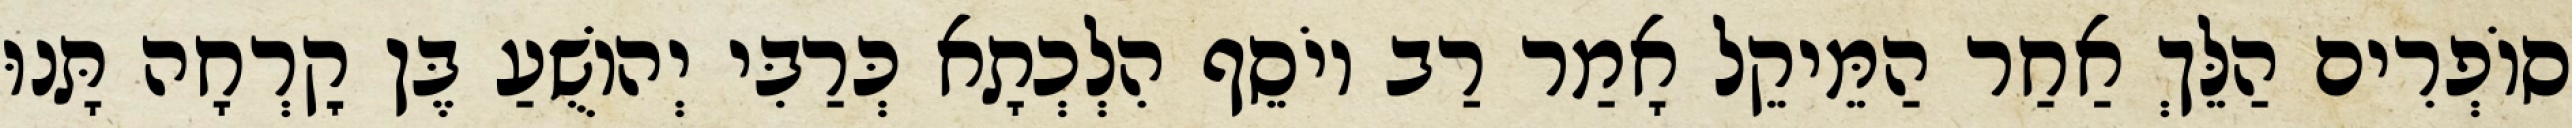
סוֹפְרִים הַלֵּךְ אַחַר הַמֵּיקֵל אָמַר רַב יוֹסֵף הִלְכְתָא כְּרַבִּי יְהוֹשֻׁעַ בֶּן קׇרְחָה תָּנוּ